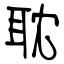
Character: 耽